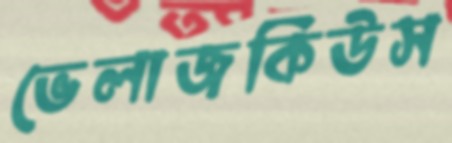
ভেলাজকিউস